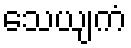
သေယျကံ